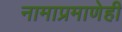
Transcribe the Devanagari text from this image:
नामाप्रमाणेही